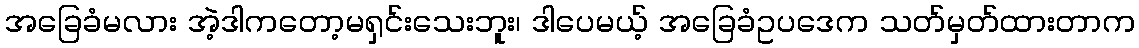
အခြေခံမလား အဲ့ဒါကတော့မရှင်းသေးဘူး၊ ဒါပေမယ့် အခြေခံဥပဒေက သတ်မှတ်ထားတာက